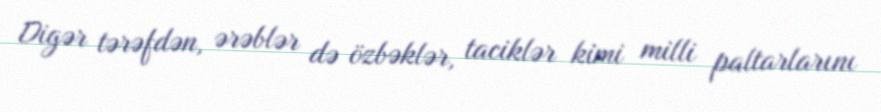
Digər tərəfdən, ərəblər də özbəklər, taciklər kimi milli paltarlarını